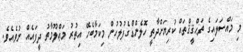
މި މައްސަލައިގެ ތަޙްޤީޤްތައް ކުރިޔަށްދާތީ ހޮލެންޑްގެފުލުހުން މިކަމާބެހޭ އިތުރު މަޢްލޫމާތު ދީފައެެއް ނުވެއެވެ.